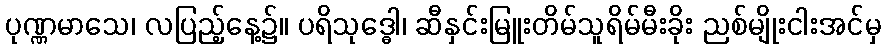
ပုဏ္ဏမာသေ၊ လပြည့်နေ့၌။ ပရိသုဒ္ဓေါ၊ ဆီနှင်းမြူးတိမ်သူရိမ်မီးခိုး ညစ်မျိုးငါးအင်မှ